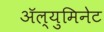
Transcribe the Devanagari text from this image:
अॅल्युमिनेट